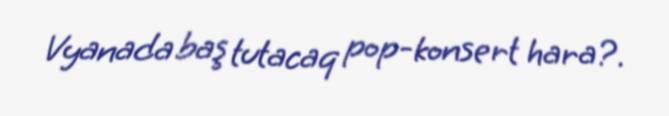
Vyanada baş tutacaq pop-konsert hara?.